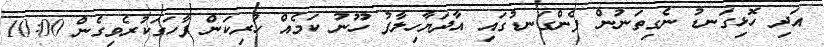
އަދި ހޮޅިގަނޑު ނެގިތަނުން ފެންގަނޑުގައި އާދަޔާހިލާފު ހޫނު ކަމެއް ހުރިކަން ފާހަގަކުރެވިގެން 10:00